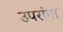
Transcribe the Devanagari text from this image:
उपरांगा